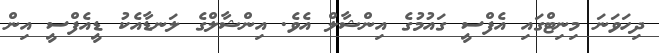
ދިހަވަނަ މިނިޓްގައި އެފްސީ ގައުމުގެ އިންޝާލް އެވެ. އިންޝާލްގެ ލަނޑާއެކު ޑީއެފްސީ އިން